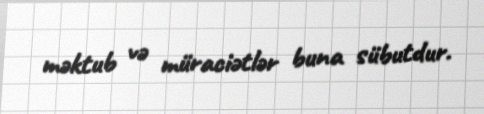
məktub və müraciətlər buna sübutdur.